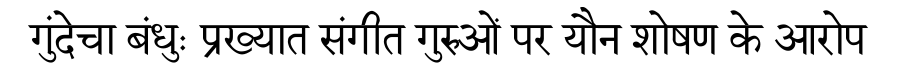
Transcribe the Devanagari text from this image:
गुंदेचा बंधुः प्रख्यात संगीत गुरुओं पर यौन शोषण के आरोप